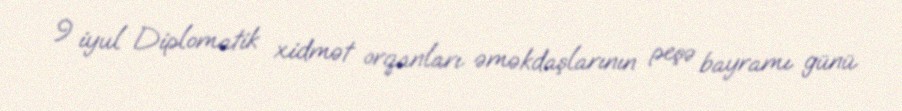
9 iyul Diplomatik xidmət orqanları əməkdaşlarının peşə bayramı günü